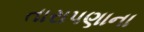
તારાપણાના